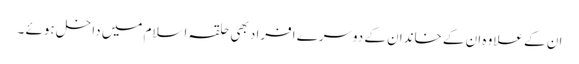
ان کے علاوہ ان کے خاندان کے دوسرے افراد بھی حلقہ اسلام میں داخل ہوئے ۔